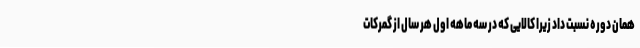
همان دوره نسبت داد زیرا کالایی که در سه ماهه اول هر سال از گمرکات